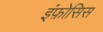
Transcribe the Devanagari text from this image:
इंफ़ोसिस